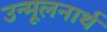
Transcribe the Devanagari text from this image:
उन्मूलनार्थ